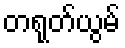
တရုတ်ယွမ်